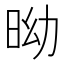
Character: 𣅺